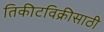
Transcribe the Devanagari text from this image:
तिकीटविक्रीसाठी